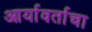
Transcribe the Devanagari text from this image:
आर्यावर्ताचा